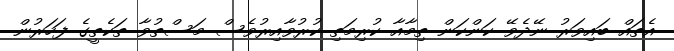
އެތައް ބައިވަރު ނޭދެވޭ ކަންކަން ތިމާއާ ކުރިމަތި ކުރުވާއިރުވެސް މަސްތުވާ ތަކެތީގެ ފަހަރުން